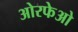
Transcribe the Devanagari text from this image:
ओरफेओ